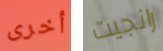
أخرى رانجيت